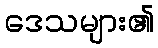
ဒေသများ၏